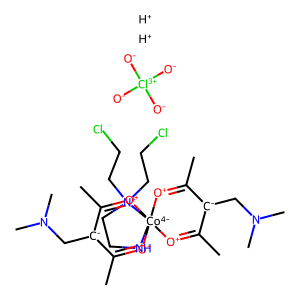
SMILES: CC1=[O+][Co-4]23(NCC[N+]2(CCCl)CCCl)([O+]=C(C)[C-]1CN(C)C)[O+]=C(C)[C-](CN(C)C)C(C)=[O+]3.[H+].[H+].[O-][Cl+3]([O-])([O-])[O-]
Inhibits HIV replication: No